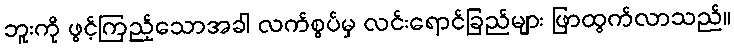
ဘူးကို ဖွင့်ကြည့်သောအခါ လက်စွပ်မှ လင်းရောင်ခြည်များ ဖြာထွက်လာသည်။